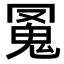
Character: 𩲛